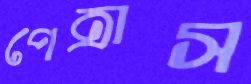
পেত্রাস